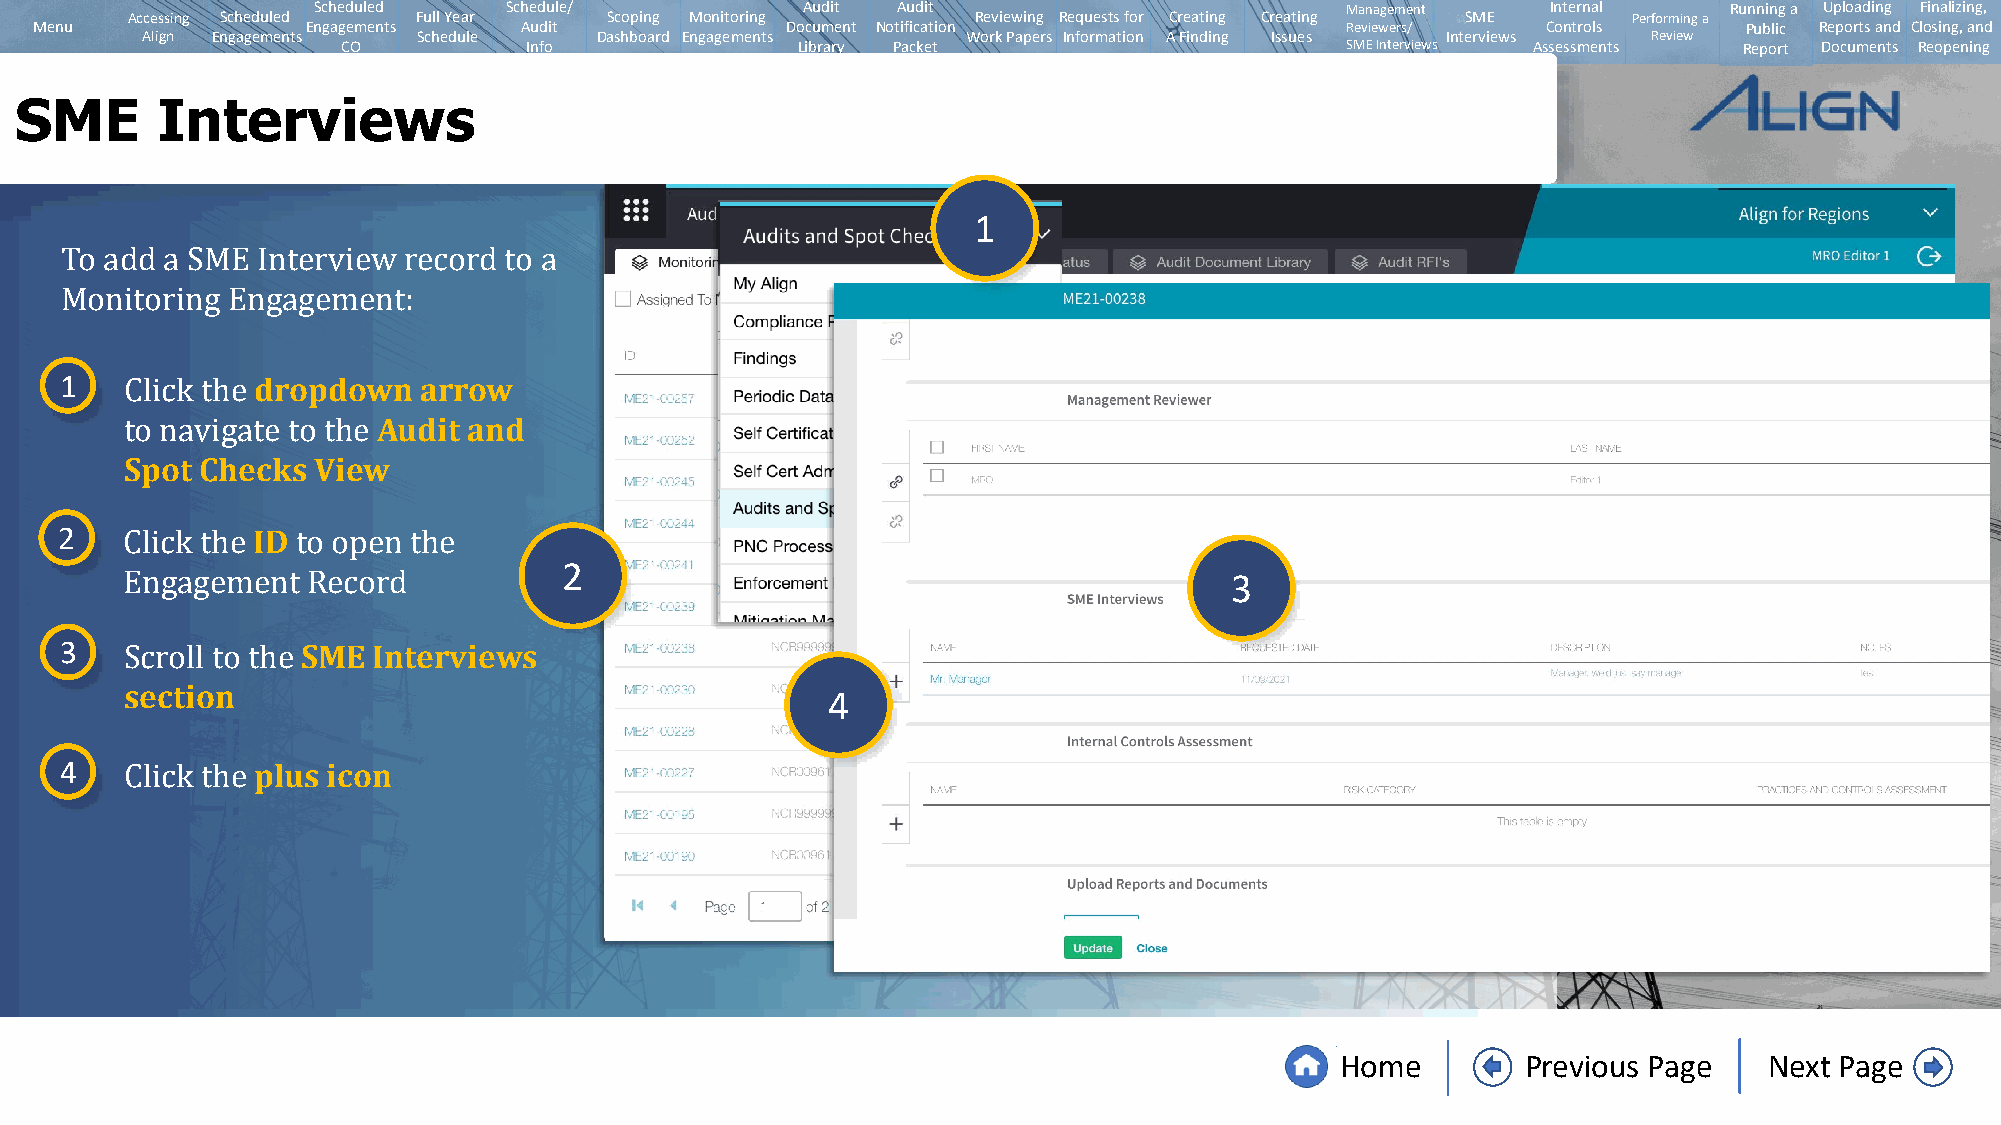
Scheduled   Schedule/           Audit Audit                         Management    Internal   Running a Uploading Finalizing,
 Accessing Scheduled Full Year   Scoping Monitoring       Reviewing Requests for Creating Creating SME Performing a
 Menu              Engagements   Audit             Document Notification                Reviewers/   Controls      Public Reports and Closing, and
 Align Engagements  Schedule   Dashboard Engagements    Work Papers Information A Finding Issues Interviews Review
 CO          Info              Library Packet                      SMEInterviews Assessments Report Documents Reopening
 SME      Interviews
 1
 To add a SME Interview record to a
 Monitoring Engagement:
 1            dropdown   arrow
 Audit and
 Click the
 Spot Checks  View
 to navigate to the
 2            ID
 2
 3
 Click the   to open the
 3   Engagement  SRMecEo Irndterviews
 section                                        4
 Scroll to the
 4            plus icon
 Click the
 Home        Previous Page   Next Page